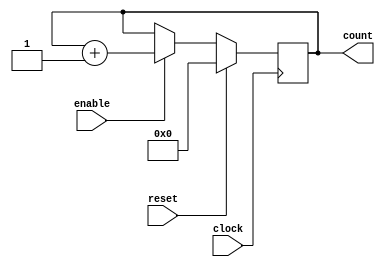
`timescale 1ns / 100ps //unit time in 1ns, resolution 100ps

module counter_16 (
	clock,
	enable,
	reset,
	count,
	);

	parameter BIT_SZ =16;
	input clock;
	input enable;
	input reset;
	
	output [BIT_SZ-1:0] count;

	//count needs to be declared as reg
	reg [BIT_SZ-1:0] count;

	//always initialise storage elements such as D-FF
	initial count = 0;

	//---main body of module---

	always @ (posedge clock)
	if (reset == 1'b1)
		count <= 0;
	else  if (enable == 1'b1 )
			count <= count + 1'b1;
		
			
	   
			
endmodule